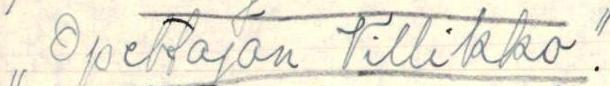
,, Opettajan Villikko".